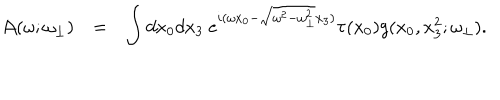
LaTeX: \begin{array} { r c l } { { { \cal A } ( \omega ; \omega _ { \bot } ) } } & { { = } } & { { \displaystyle \int d x _ { 0 } d x _ { 3 } ~ e ^ { i ( \omega x _ { 0 } - \sqrt { \omega ^ { 2 } - \omega _ { \bot } ^ { 2 } } x _ { 3 } ) } \tau ( x _ { 0 } ) g ( x _ { 0 } , x _ { 3 } ^ { 2 } ; \omega _ { \bot } ) . } } \\ \end{array}